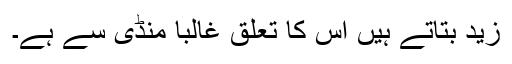
زید بتاتے ہیں اس کا تعلق غالباً منڈی سے ہے۔